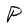
Character: P